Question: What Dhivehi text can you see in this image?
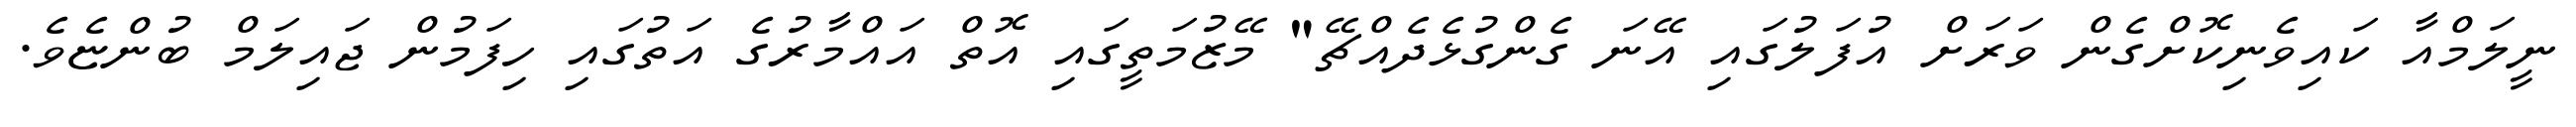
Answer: ނީލަމްއާ ކައިވެނިކޮށްގެން ވަރަށް އުފަލުގައި އޭނަ ގެންގުޅެދެއްޗޭ" މޭޒުމަތީގައި އޮތް އައްމާރުގެ އަތުގައި ހިފަމުން ޖައިލަމް ބުންޏެވެ.